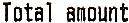
TOTAL AMOUNT